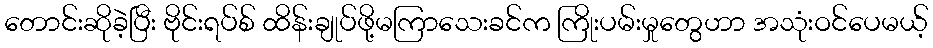
တောင်းဆိုခဲ့ပြီး ဗိုင်းရပ်စ် ထိန်းချုပ်ဖို့မကြာသေးခင်က ကြိုးပမ်းမှုတွေဟာ အသုံးဝင်ပေမယ့်